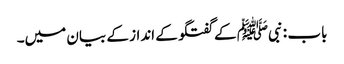
باب : نبیﷺ کے گفتگو کے انداز کے بیان میں۔